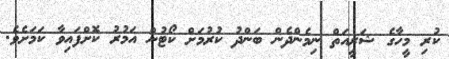
ކުރި މީހާގެ ޝަރީއަތް ނިމެންދެން ބަންދު ކުރުމަށް ކޯޓުން އަމުރު ކޮށްފައިވާ ކަމަށެވެ.